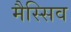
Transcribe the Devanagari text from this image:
मैस्सिव